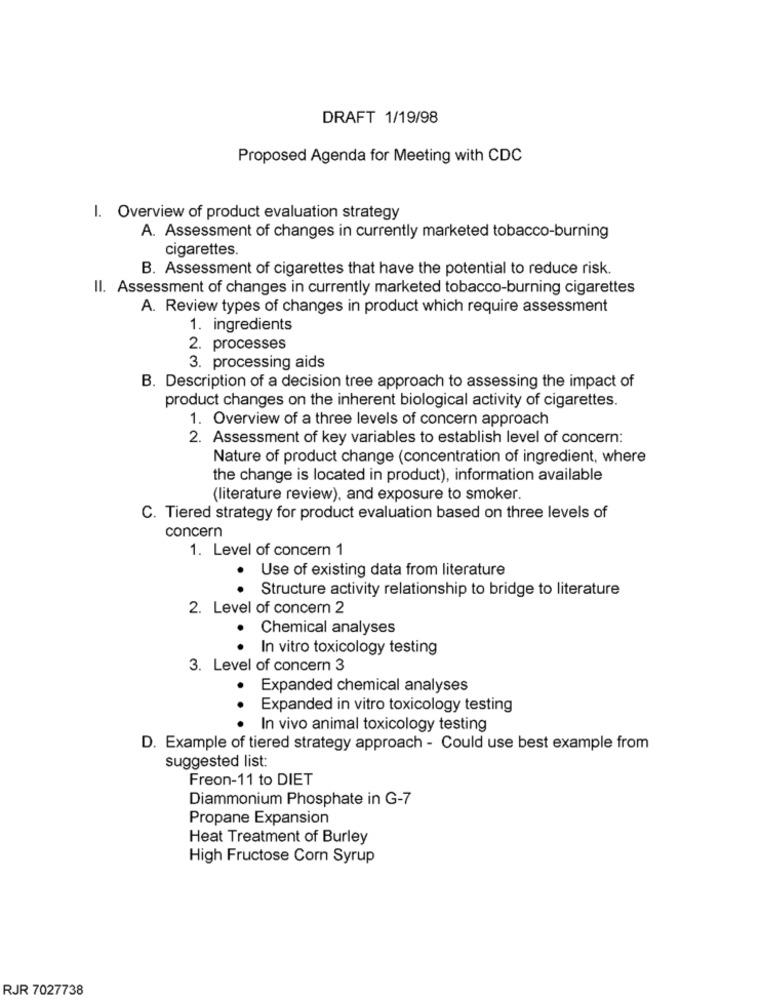
DRAFT 1/19/98
Proposed Agenda for Meeting with CDC
I. Overview of product evaluation strategy
A. Assessment of changes in currently marketed tobacco-burning
cigarettes.
B. Assessment of cigarettes that have the potential to reduce risk.
Il. Assessment of changes in currently marketed tobacco-burning cigarettes
A. Review types of changes in product which require assessment
1. ingredients
2. processes
3. processing aids
B. Description of a decision tree approach to assessing the impact of
product changes on the inherent biological activity of cigarettes.
1. Overview of a three levels of concern approach
2. Assessment of key variables to establish level of concern:
Nature of product change (concentration of ingredient, where
the change is located in product), information available
(literature review), and exposure to smoker.
C. Tiered strategy for product evaluation based on three levels of
concern
1. Level of concern 1
· Use of existing data from literature
· Structure activity relationship to bridge to literature
2. Level of concern 2
· Chemical analyses
In vitro toxicology testing
3. Level of concern 3
Expanded chemical analyses
. .
Expanded in vitro toxicology testing
In vivo animal toxicology testing
D. Example of tiered strategy approach - Could use best example from
suggested list:
Freon-11 to DIET
Diammonium Phosphate in G-7
Propane Expansion
Heat Treatment of Burley
High Fructose Corn Syrup
RJR 7027738